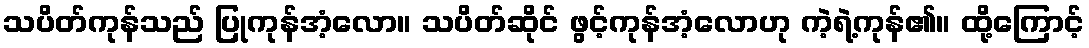
သပိတ်ကုန်သည် ပြုကုန်အံ့လော။ သပိတ်ဆိုင် ဖွင့်ကုန်အံ့လောဟု ကဲ့ရဲ့ကုန်၏။ ထို့ကြောင့်